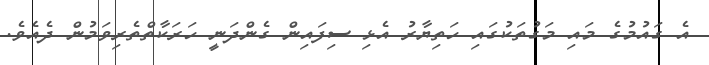
އެ ގައުމުގެ މައި މަގުތަކުގައި ހަތިޔާރު އެޅި ސިފައިން ގެންދަނީ ހަރަކާތްތެރިވަމުން ދެއެވެ.